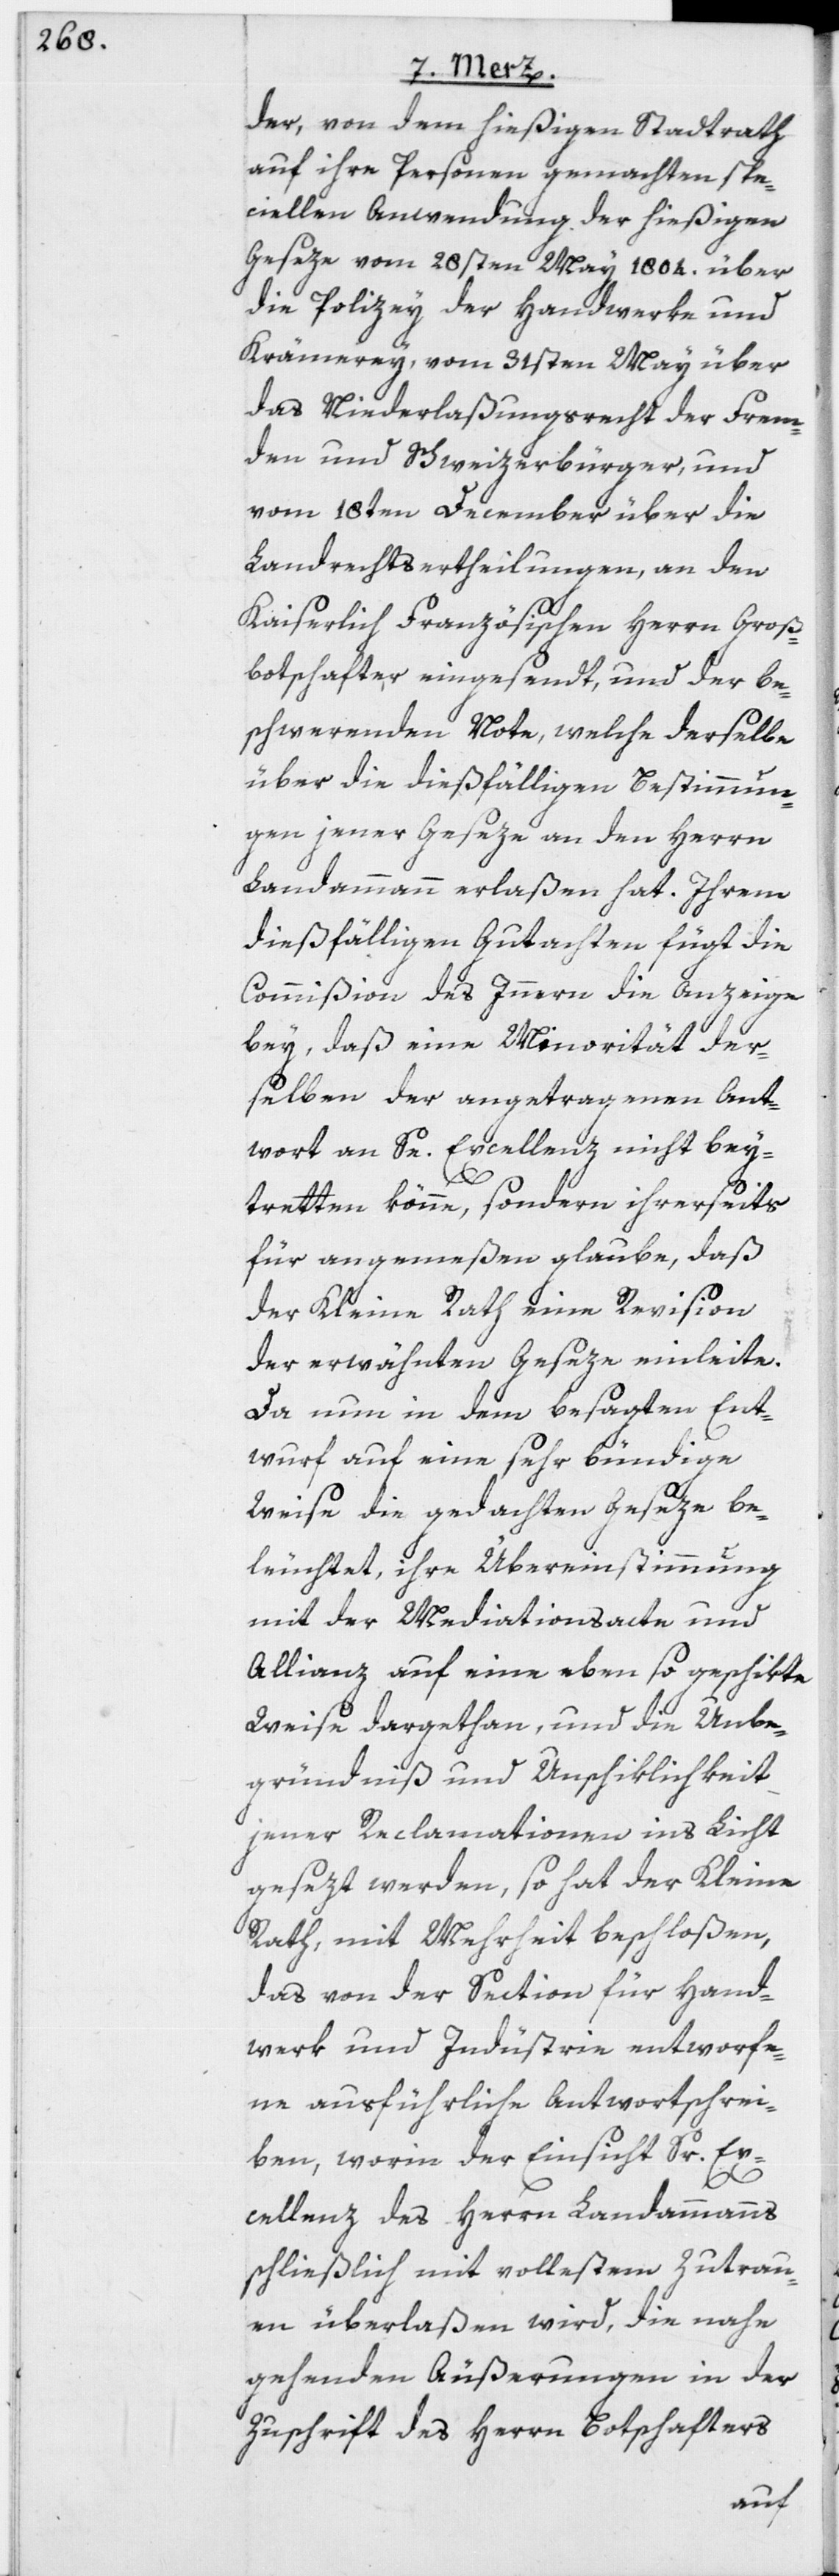
der, von dem hießigen Stadtrath
auf ihre Personen gemachten spe¬
ciellen Anwendung der hießigen
Geseze vom 28sten May 1804. über
die Polizey der Handwerke und
Krämerey, vom 31sten May über
das Niederlaßungsrecht der Frem¬
den und Schweizerbürger, und
vom 18ten December über die
Landrechtsertheilungen, an den
Kaiserlich Französischen Herrn Groß¬
botschafter eingesendt, und der be¬
schwerenden Note, welche derselbe
über die dießfälligen Bestimmun¬
gen jener Geseze an den Herrn
Landammann erlaßen hat. Ihrem
dießfälligen Gutachten fügt die
Commißion des Innern die Anzeige
bey, daß eine Minorität der¬
selben der angetragenen Ant¬
wort an Se. Excellenz nicht bey¬
tretten könne, sondern ihrerseits
für angemeßen glaube, daß
der Kleine Rath eine Revision
der erwähnten Geseze einleite.
Da nun in dem besagten Ent¬
wurf auf eine sehr bündige
Weise die gedachten Geseze be¬
leuchtet, ihre Übereinstimmung
mit der Mediationsacte und
Allianz auf eine eben so geschikte
Weise dargethan, und die Unbe¬
gründniß und Unschiklichkeit
jener Reclamationen ins Licht
gesezt werden, so hat der Kleine
Rath, mit Mehrheit beschloßen,
das von der Section für Hand¬
werk und Industrie entworfe¬
ne ausführliche Antwortschrei¬
ben, worin der Einsicht Sr. Ex¬
cellenz des Herrn Landammanns
schließlich mit vollestem Zutrau¬
en überlaßen wird, die nahe
gehenden Äußerungen in der
Zuschrift des Herrn Botschafters